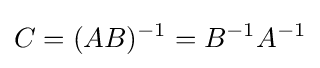
C=(AB)^{-1}=B^{-1}A^{-1}